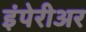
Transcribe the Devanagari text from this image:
इंपेरीअर